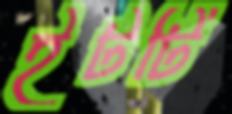
ইটটি